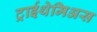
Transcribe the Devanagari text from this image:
ट्राईथेमिअस